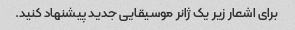
برای اشعار زیر یک ژانر موسیقایی جدید پیشنهاد کنید.